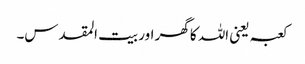
کعبہ یعنی اللہ کا گھر اور بیت المقدس۔